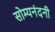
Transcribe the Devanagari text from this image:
सोम्यनंदनी